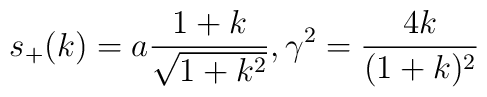
s_+(k) = a \frac{1+k}{\sqrt{1+k^2}}, \gamma^2 = \frac{4k}{(1+k)^2}